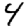
Digit: 4